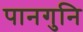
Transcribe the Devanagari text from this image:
पानगुनि